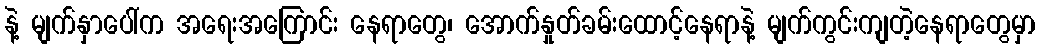
နဲ့ မျက်နှာပေါ်က အရေးအကြောင်း နေရာတွေ၊ အောက်နှုတ်ခမ်းထောင့်နေရာနဲ့ မျက်ကွင်းကျတဲ့နေရာတွေမှာ